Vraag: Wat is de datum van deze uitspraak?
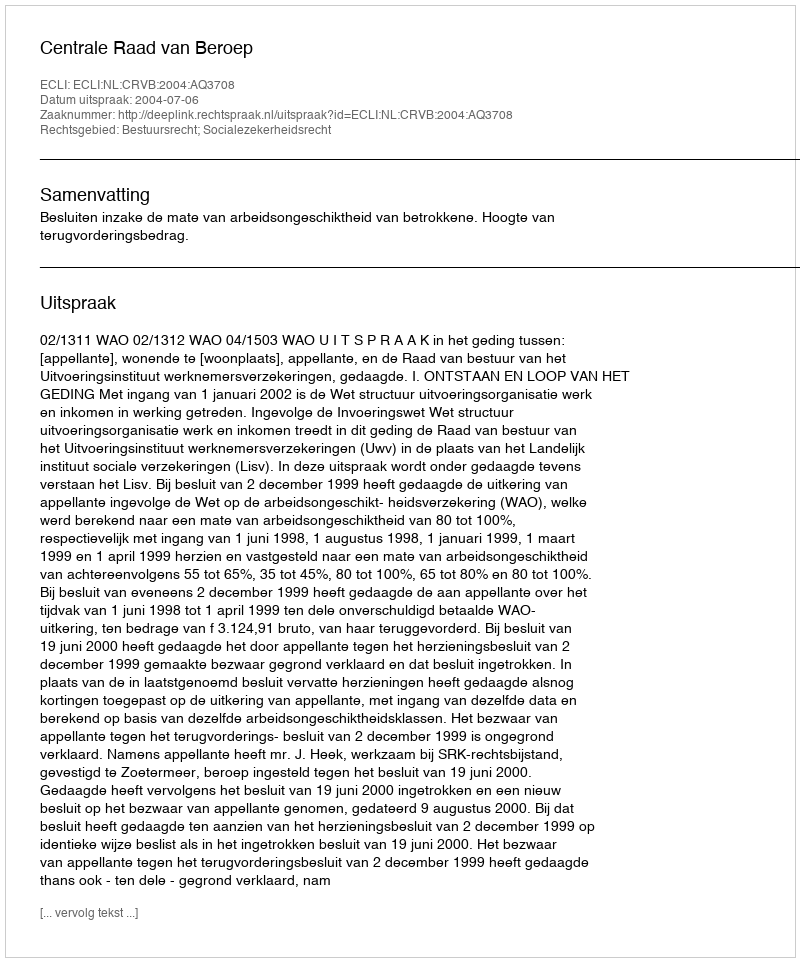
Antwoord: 2004-07-06